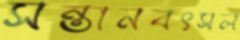
সন্তানবৎসল